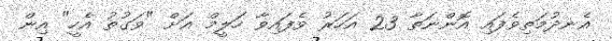
އެނދުމަތިވެފައި އޮންނަތާ 23 އަހަރު ވެފައިވާ ހަލީމް އަށް "ވަގުތު އެހީ" އިން